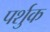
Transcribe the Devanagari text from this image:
पर्शुक